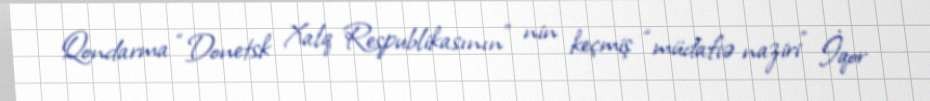
Qondarma “Donetsk Xalq Respublikasının” nin keçmiş “müdafiə naziri” İqor